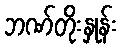
ဘဏ်တိုးနှုန်း